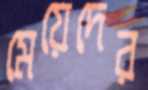
মেয়েদের